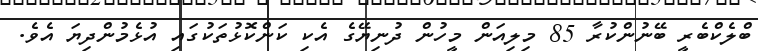
ބްލެކްބެރީ ބޭނުންކުރާ 85 މިލިއަން މީހުން ދުނިޔޭގެ އެކި ކަންކޮޅުތަކުގައި އުޅެމުންދިޔަ އެވެ.